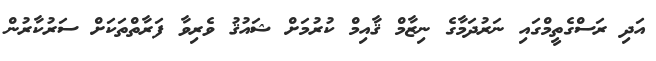
އަދި ރަސްގެތީމްގައި ނަރުދަމާގެ ނިޒާމް ޤާއިމް ކުރުމަށް ޝައުޤު ވެރިވާ ފަރާތްތަކަށް ސަރުކާރުން